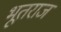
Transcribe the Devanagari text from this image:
भूतराज